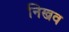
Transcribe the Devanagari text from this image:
निखव